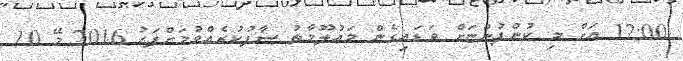
12:00 އަށް މި ކުންފުންޏަށް ވަޑައިގެން މަޢުލޫމާތު ސާފުކުރެއްވުމަށްފަހު 2016 މޭ 10